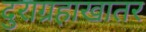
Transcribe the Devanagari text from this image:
दुराग्रहाखातर